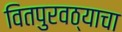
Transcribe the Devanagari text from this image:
वितपुरवठ्याचा